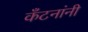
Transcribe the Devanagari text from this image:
कँटनांनी